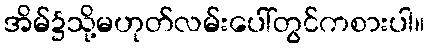
အိမ်၌သို့မဟုတ်လမ်းပေါ်တွင်ကစားပါ။